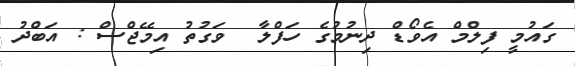
ގައުމީ ފިލްމް އެވޯޑް ދިނުމުގެ ހަފްލާ  ވަގުތު އިމޭޖްސް : އަބްދު